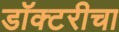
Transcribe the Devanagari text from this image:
डॉक्टरीचा